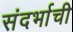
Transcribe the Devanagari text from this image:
संदर्भाची